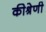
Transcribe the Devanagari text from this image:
कीश्रेणी